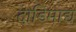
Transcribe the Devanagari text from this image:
दाडिमाद्य